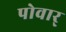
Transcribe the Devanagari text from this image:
पोवार्